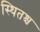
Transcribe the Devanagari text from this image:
स्थितश्च